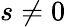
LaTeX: s\ne 0